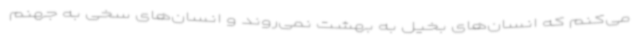
می‌کنم که انسان‌های بخیل به بهشت نمی‌روند و انسان‌های سخی به جهنم